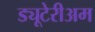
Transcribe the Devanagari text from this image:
ड्यूटेरीअम